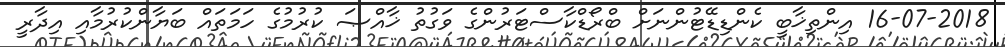
16-07-2018 އިންތިޚާބީ ކެންޑިޑޭޓުންނަށް ބްރޯޑްކާސްޓަރުންގެ ވަގުތު ޚާއްޞަ ކުރުމުގެ ހަމަތައް ބަޔާންކުރުމާއި އިދާރީ